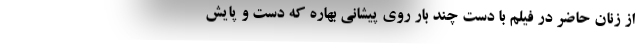
از زنان حاضر در فیلم با دست چند بار روی پیشانی بهاره که دست و پایش